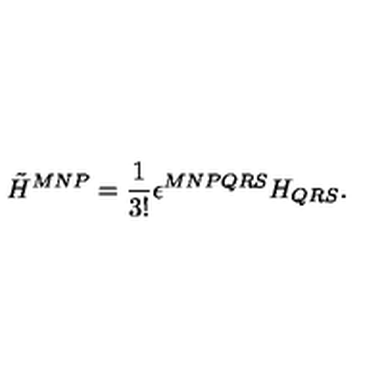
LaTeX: { \tilde { H } } ^ { M N P } = \frac { 1 } { 3 ! } \epsilon ^ { M N P Q R S } H _ { Q R S } .